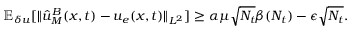
\mathbb { E } _ { \delta u } [ \| \hat { u } _ { M } ^ { B } ( \boldsymbol { x } , t ) - u _ { e } ( \boldsymbol { x } , t ) \| _ { L ^ { 2 } } ] \ge \alpha \mu \sqrt { N _ { t } } \beta ( N _ { t } ) - \epsilon \sqrt { N _ { t } } .